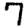
Digit: 7